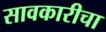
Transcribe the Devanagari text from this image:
सावकारीचा